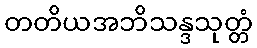
တတိယအဘိသန္ဒသုတ္တံ